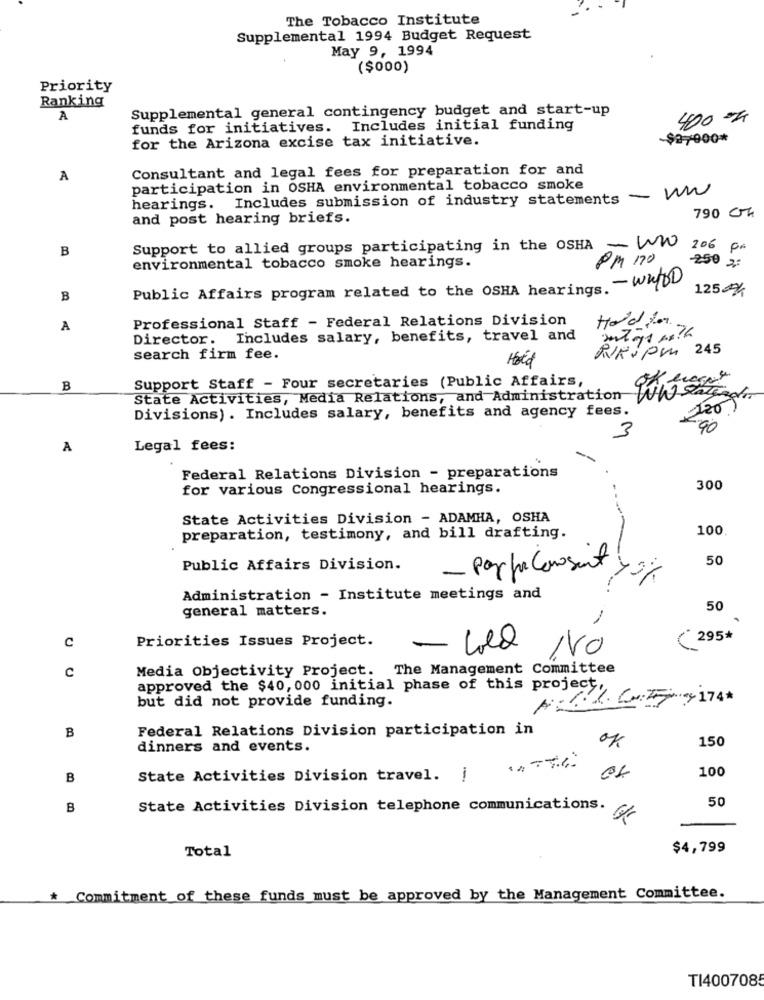
The Tobacco Institute
Supplemental 1994 Budget Request
May 9, 1994
($000)
Priority
Ranking
Supplemental general contingency budget and start-up
A
400 ==
funds for initiatives. Includes initial funding
for the Arizona excise tax initiative.
-$27000*
Consultant and legal fees for preparation for and
A
participation in OSHA environmental tobacco smoke
- ww
hearings. Includes submission of industry statements
790 CM
and post hearing briefs.
B
Support to allied groups participating in the OSHA - WW
206 pm
PM 170
-250 2:
environmental tobacco smoke hearings.
Public Affairs program related to the OSHA hearings. - why
1254
B
Professional Staff - Federal Relations Division
Hold for
A
Director. Includes salary, benefits, travel and
RUA V PM 245
search firm fee.
Hold
Support Staff - Four secretaries (Public Affairs,
B
State Activities, Media Relations, and Administration
Ww Sategg
Divisions) . Includes salary, benefits and agency fees.
90
3
A
Legal fees:
Federal Relations Division - preparations
for various Congressional hearings.
300
State Activities Division - ADAMHA, OSHA
100
preparation, testimony, and bill drafting.
50
Public Affairs Division.
- Pappa consent 7 0%
Administration - Institute meetings and
general matters.
50
-
c
Priorities Issues Project.
295*
-
NO
C
Media Objectivity Project. The Management Committee
approved the $40, 000 initial phase of this project,
but did not provide funding.
174*
B
Federal Relations Division participation in
ok
150
dinners and events.
100
B
State Activities Division travel.
50
B
State Activities Division telephone communications.
Total
$4,799
* Commitment of these funds must be approved by the Management Committee.
TI4007085